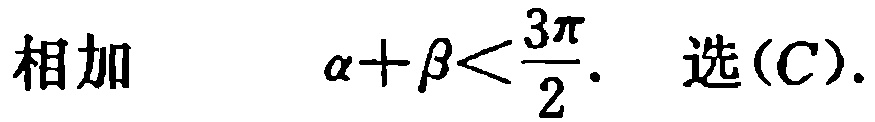
相加 \(\alpha+\beta<\frac{3\pi}{2}\). 选(C).